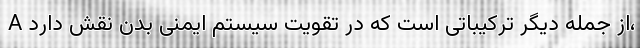
A از جمله دیگر ترکیباتی است که در تقویت سیستم ایمنی بدن نقش دارد،